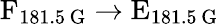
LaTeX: \textrm{F}_{181.5\, \mathrm{G}}\rightarrow\textrm{E}_{181.5\, \mathrm{G}}